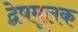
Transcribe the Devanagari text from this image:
द्वेषमूलक